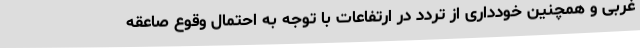
غربی و همچنین خودداری از تردد در ارتفاعات با توجه به احتمال وقوع صاعقه